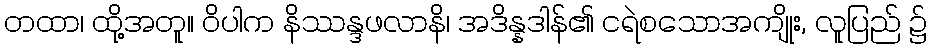
တထာ၊ ထို့အတူ။ ဝိပါက နိဿန္ဒဖလာနိ၊ အဒိန္နဒါန်၏ ငရဲစသောအကျိုး, လူပြည် ၌